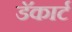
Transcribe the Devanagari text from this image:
डॅकार्ट